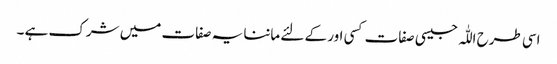
اسی طرح اللّٰہ جیسی صفات کسی اور کے لئے ماننا یہ صفات میں شرک ہے ۔